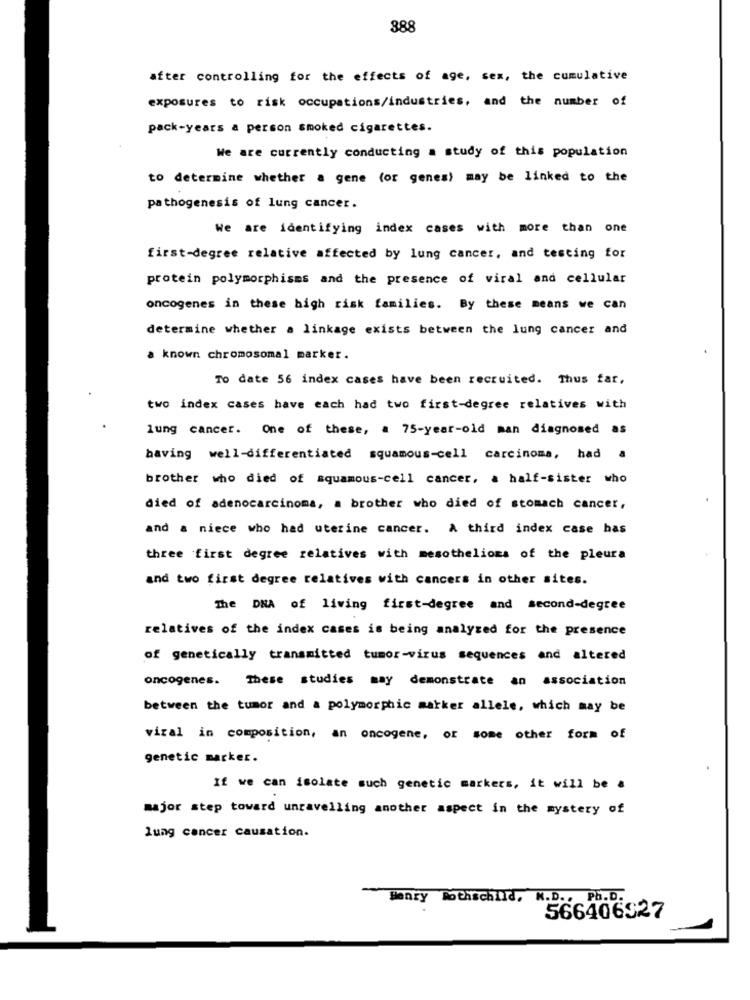
388
after controlling for the effects of age, sex, the cumulative
exposures to risk occupations/industries, and the number of
pack-years a person smoked cigarettes.
We are currently conducting a study of this population
to determine whether a gene (or genes) may be linked to the
pathogenesis of lung cancer.
We are identifying index cases with more than one
first-degree relative affected by lung cancer, and testing for
protein polymorphisms and the presence of viral and cellular
oncogenes in these high risk families. By these means we can
determine whether a linkage exists between the lung cancer and
a known chromosomal marker.
To date 56 index cases have been recruited. Thus far,
two index cases have each had two first-degree relatives with
lung cancer. One of these, a 75-year-old man diagnosed as
having well-differentiated squamous-cell carcinoma, had a
brother who died of squamous-cell cancer, a half-sister who
died of adenocarcinoma, a brother who died of stomach cancer,
and a niece who had uterine cancer. A third index case has
three first degree relatives with mesothelioma of the pleura
and two first degree relatives with cancers in other sites.
The DNA of living first-degree and second-degree
relatives of the index cases is being analyzed for the presence
of genetically transmitted tumor-virus sequences and altered
oncogenes. These studies may demonstrate an association
between the tumor and a polymorphic marker allele, which may be
viral in composition, an oncogene, or some other form of
genetic marker.
If we can isolate such genetic markers, it will be &
major step toward unravelling another aspect in the mystery of
lung cancer causation.
Henry Rothschild,
N.D .: PB.D.
566406927